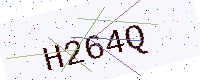
Text: H264Q